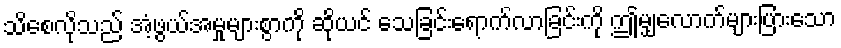
သိစေလိုသည် အံ့ဖွယ်အမှုများစွာကို ဆိုယင် သေခြင်းရောက်လာခြင်းကို ဤမျှလောက်များပြားသော